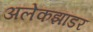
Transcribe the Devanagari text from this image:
अलेकझांडर